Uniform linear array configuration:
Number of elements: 48
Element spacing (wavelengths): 0.75
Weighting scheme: hann
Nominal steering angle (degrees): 30
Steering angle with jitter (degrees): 28.608
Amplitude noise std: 0.05
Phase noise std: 0.05

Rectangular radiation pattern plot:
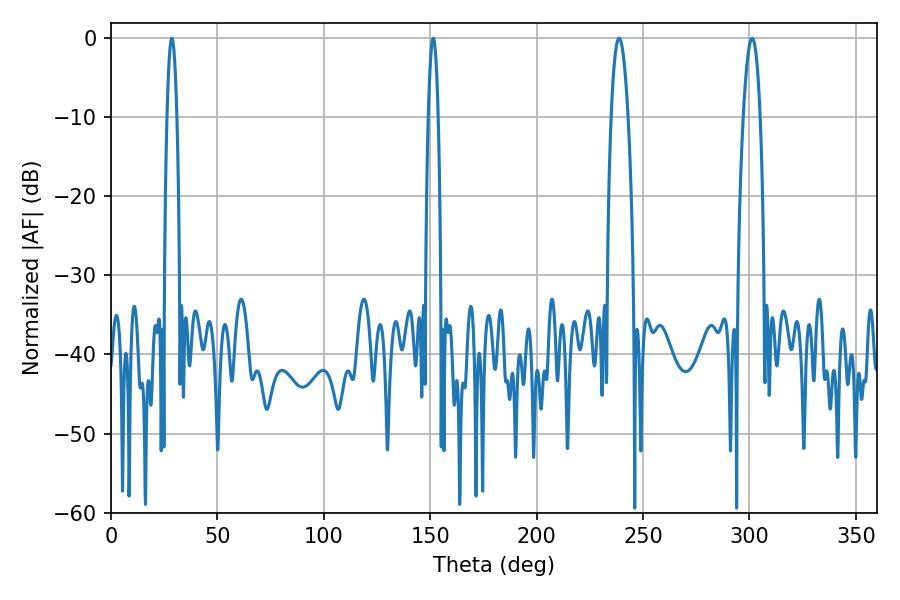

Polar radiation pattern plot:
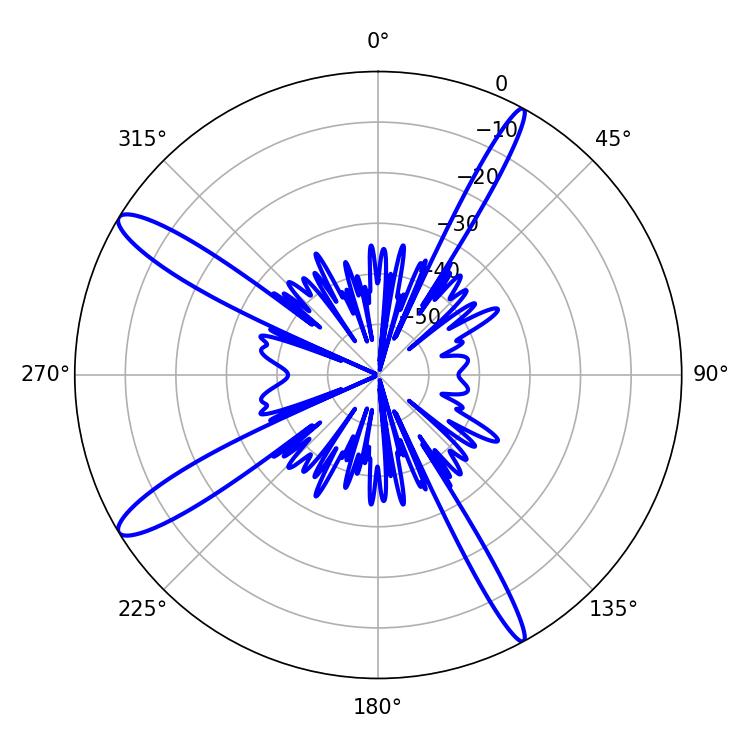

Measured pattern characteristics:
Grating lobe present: TRUE
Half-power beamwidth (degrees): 2.52
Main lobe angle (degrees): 28.62